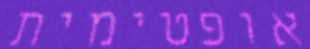
אופטימית